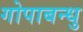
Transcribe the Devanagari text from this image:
गोपाबन्धु